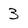
Character: 3